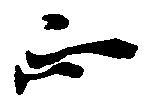
正